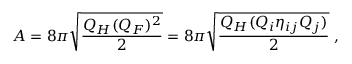
A = 8 \pi \sqrt { \frac { Q _ { H } ( Q _ { F } ) ^ { 2 } } { 2 } } = 8 \pi \sqrt { \frac { Q _ { H } ( Q _ { i } \eta _ { i j } Q _ { j } ) } { 2 } } \ ,